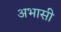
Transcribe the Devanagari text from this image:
अभासी